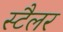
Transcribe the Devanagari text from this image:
स्टैलर